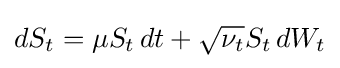
dS_{t}=\mu S_{t}\,dt+{\sqrt {\nu _{t}}}S_{t}\,dW_{t}